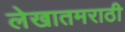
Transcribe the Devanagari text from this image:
लेखातमराठी